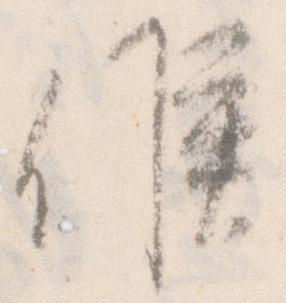
候